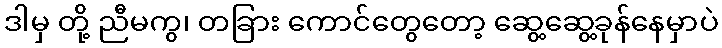
ဒါမှ တို့ ညီမကွ၊ တခြား ကောင်တွေတော့ ဆွေ့ဆွေ့ခုန်နေမှာပဲ